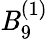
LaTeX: {\mathit{B}}_{9}^{(1)}